Tezpur Lunatic Asylum reports 1877-1894 - 1877-1894
Year: 1877
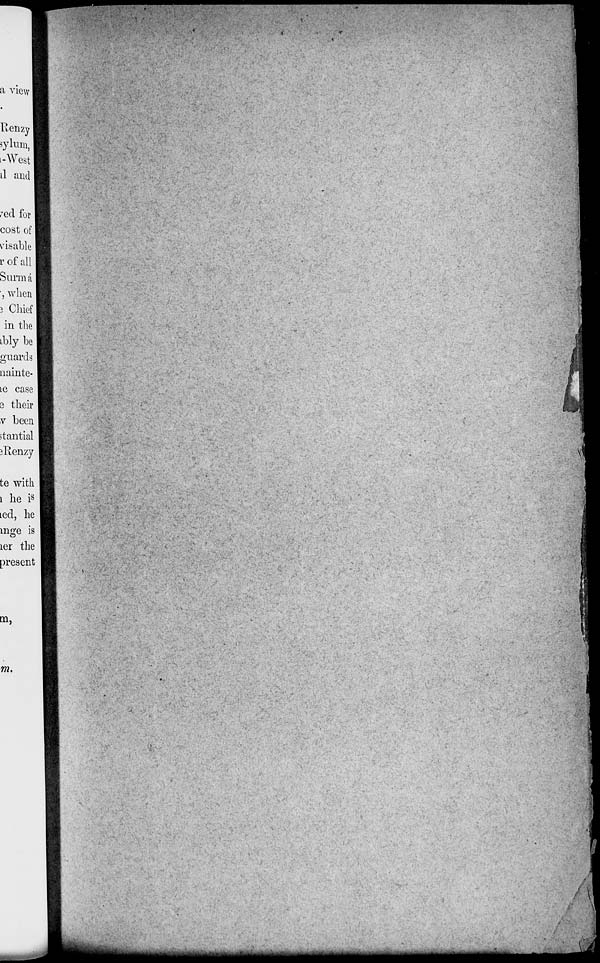
a view
Renzy
sylum,
t-West
il and
/ed for
cost of
vis able
r of all
Surma
•j when
3 Chief
in the
ibly be
guards
aainte-
le case
s their
v been
itantial
iltenzy
te with
i he i s
Led, he
mge is
ler the
present
m,
m.